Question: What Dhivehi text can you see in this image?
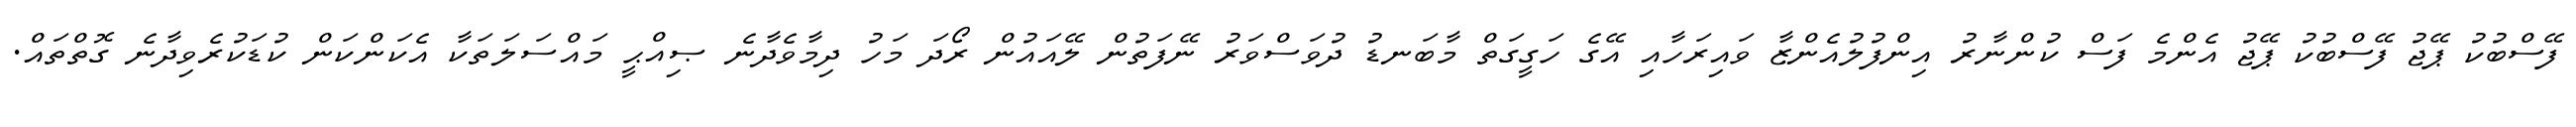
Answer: ފޭސްބުކު ޕޭޖު ފޭސްބުކު ޕޭޖު އެންމެ ފަސް ކުންނާރު އިންފުލުއެންޒާ ވައިރަހާއި އޭގެ ހަގީގަތް މާބަނޑު ދުވަސްވަރު ނޭފަތުން ލޭއައުން ރޯދަ މަހު ދިމާވެދާނެ ޞިއްޙީ މައްސަލަތަކާ އެކަންކަން ކުޑަކުރެވިދާނެ ގޮތްތައް.